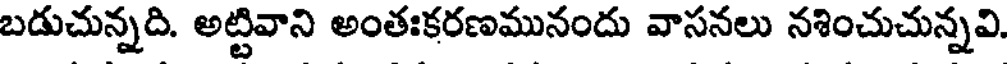
బడుచున్నది. అట్టివాని అంతఃకరణమునందు వాసనలు నశించుచున్నవి.